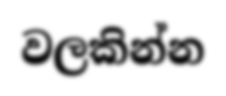
වලකින්න